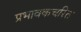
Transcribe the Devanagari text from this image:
प्रभावकचरित